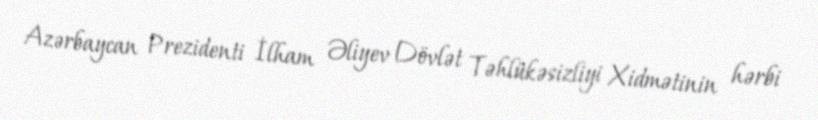
Azərbaycan Prezidenti İlham Əliyev Dövlət Təhlükəsizliyi Xidmətinin hərbi